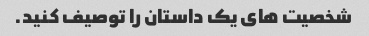
شخصیت های یک داستان را توصیف کنید.